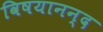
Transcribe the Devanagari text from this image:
विषयानन्द